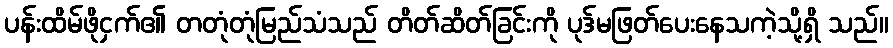
ပန်းထိမ်ဖိုငှက်၏ တတုံတုံမြည်သံသည် တိတ်ဆိတ်ခြင်းကို ပုဒ်မဖြတ်ပေးနေသကဲ့သို့ရှိ သည်။